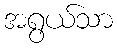
အရွယ်သာ